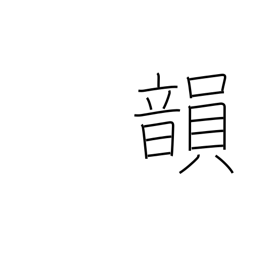
Meaning: rhyme